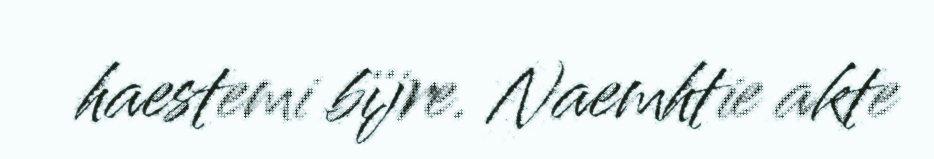
haestemi bïjre. Naemhtie akte